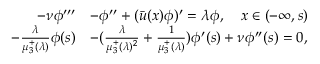
\begin{array} { r l } { - \nu \phi ^ { \prime \prime \prime } } & { - \phi ^ { \prime \prime } + ( \bar { u } ( x ) \phi ) ^ { \prime } = \lambda \phi , \quad x \in ( - \infty , s ) } \\ { - \frac { \lambda } { \mu _ { 3 } ^ { + } ( \lambda ) } \phi ( s ) } & { - ( \frac { \lambda } { \mu _ { 3 } ^ { + } ( \lambda ) ^ { 2 } } + \frac { 1 } { \mu _ { 3 } ^ { + } ( \lambda ) } ) \phi ^ { \prime } ( s ) + \nu \phi ^ { \prime \prime } ( s ) = 0 , } \end{array}